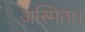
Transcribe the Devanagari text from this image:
अस्मिता।